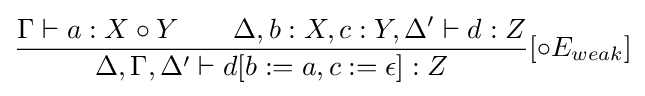
{\frac {\Gamma \vdash a:X\circ Y\qquad \Delta ,b:X,c:Y,\Delta '\vdash d:Z}{\Delta ,\Gamma ,\Delta '\vdash d[b:=a,c:=\epsilon ]:Z}}[\circ E_{weak}]